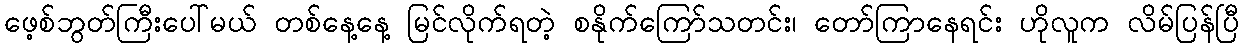
ဖေ့စ်ဘွတ်ကြီးပေါ်မယ် တစ်နေ့နေ့ မြင်လိုက်ရတဲ့ စနိုက်ကြော်သတင်း၊ တော်ကြာနေရင်း ဟိုလူက လိမ်ပြန်ပြီ